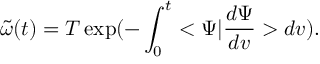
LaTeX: { \tilde { \omega } } ( t ) = T \exp ( { - \int _ { 0 } ^ { t } < \Psi | { \frac { d \Psi } { d v } } > d v } ) .